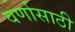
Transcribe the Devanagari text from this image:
वर्णासाठी